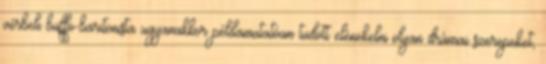
vérbeli buffo-baritonista ugyanakkor példamutatóan tudott elénekelni olyan drámai szerepeket,